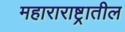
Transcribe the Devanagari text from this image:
महाराराष्ट्रातील